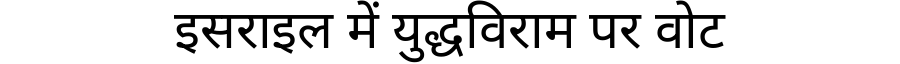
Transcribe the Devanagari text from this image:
इसराइल में युद्धविराम पर वोट